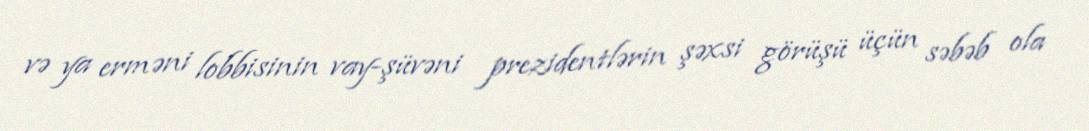
və ya erməni lobbisinin vay-şüvəni prezidentlərin şəxsi görüşü üçün səbəb ola